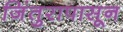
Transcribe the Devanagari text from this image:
जिंतुरापासून